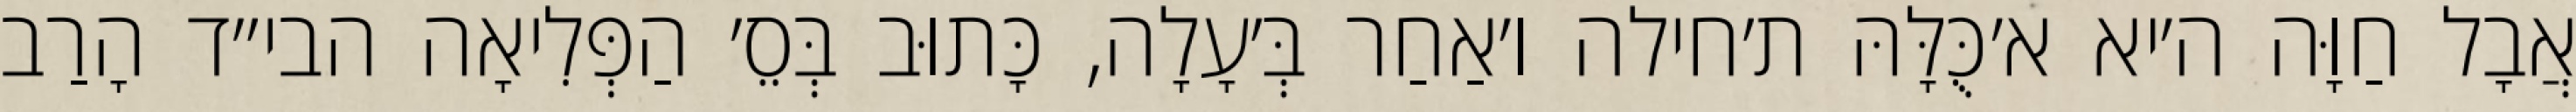
אֲבָל חַוָּה ה׳יא א׳כֻּלָּהּ ת׳חילה ו׳אַחַר בְּ׳עָלָה, כָּתוּב בְּסֵ׳ הַפְּלִיאָה הבי״ד הָרַב